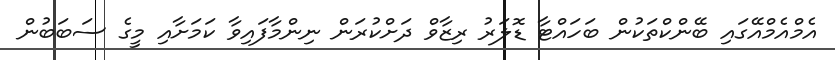
އެމްއެމްއޭގައި ބޭންކްތަކުން ބަހައްޓާ ޑޮލަރު ރިޒާވް ދަށްކުރަން ނިންމާފައިވާ ކަމަށާއި މީގެ ސަބަބުން